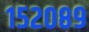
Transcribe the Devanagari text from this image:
१५२०८९